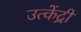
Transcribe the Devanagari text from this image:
उत्केंद्री